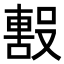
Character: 𭮼